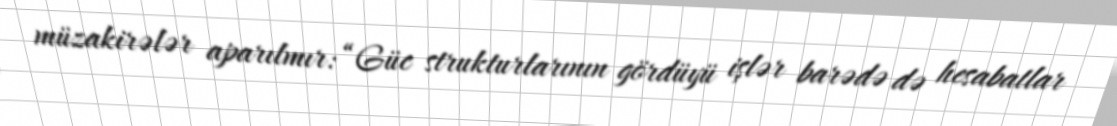
müzakirələr aparılmır: “Güc strukturlarının gördüyü işlər barədə də hesabatlar